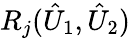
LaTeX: R_{j}(\hat{U}_{1},\hat{U}_{2})